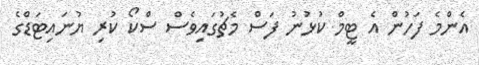
އެންމެ ފަހުން އެ ޓީމް ކުޅުނު ފަސް މެޗުގައިވެސް ސްކޯ ކުރި ޔުނައިޓަޑްގެ